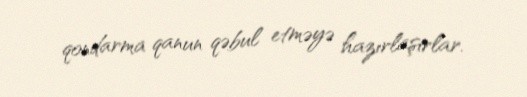
qondarma qanun qəbul etməyə hazırlaşırlar.